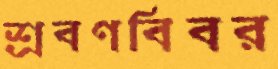
শ্রবণবিবর